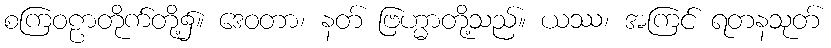
စကြဝဠာတိုက်တို့၌။ ဒေဝတာ၊ နတ် ဗြဟ္မာတို့သည်။ ယဿ၊ အကြင် ရတနသုတ်